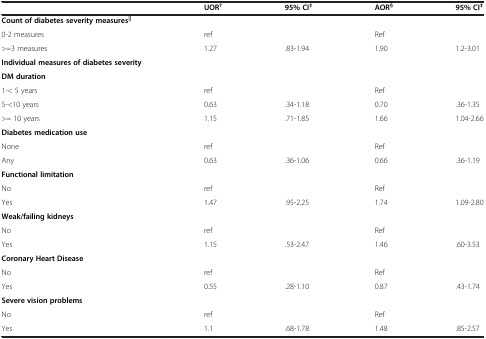
|  | UOR† | 95% CI‡ | AOR§ | 95% CI‡ |
 | --- | --- | --- | --- | --- |
 | Count of diabetes severity measures|| |  |  |  |  |
 | 0-2 measures | ref |  | Ref |  |
 | >=3 measures | 1.27 | .83-1.94 | 1.90 | 1.2-3.01 |
 | Individual measures of diabetes severity |  |  |  |  |
 | DM duration |  |  |  |  |
 | 1-< 5 years | ref |  | Ref |  |
 | 5-<10 years | 0.63 | .34-1.18 | 0.70 | .36-1.35 |
 | >= 10 years | 1.15 | .71-1.85 | 1.66 | 1.04-2.66 |
 | Diabetes medication use |  |  |  |  |
 | None | ref |  | Ref |  |
 | Any | 0.63 | .36-1.06 | 0.66 | .36-1.19 |
 | Functional limitation |  |  |  |  |
 | No | ref |  | Ref |  |
 | Yes | 1.47 | .95-2.25 | 1.74 | 1.09-2.80 |
 | Weak/failing kidneys |  |  |  |  |
 | No | ref |  | Ref |  |
 | Yes | 1.15 | .53-2.47 | 1.46 | .60-3.53 |
 | Coronary Heart Disease |  |  |  |  |
 | No | ref |  | Ref |  |
 | Yes | 0.55 | .28-1.10 | 0.87 | .43-1.74 |
 | Severe vision problems |  |  |  |  |
 | No | ref |  | Ref |  |
 | Yes | 1.1 | .68-1.78 | 1.48 | .85-2.57 |